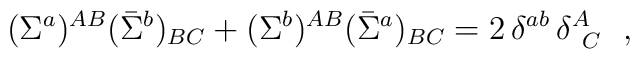
(\Sigma^a)^{AB}(\bar\Sigma^b)_{BC} + (\Sigma^b)^{AB}(\bar\Sigma^a)_{BC} = 2\,\delta^{ab}\,\delta^A_{\,\,\,C}~~,